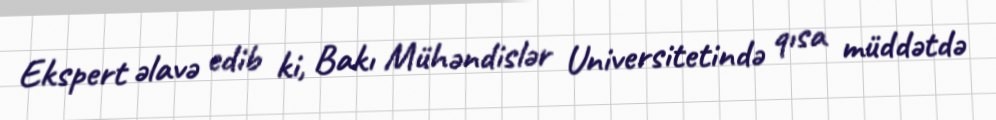
Ekspert əlavə edib ki, Bakı Mühəndislər Universitetində qısa müddətdə